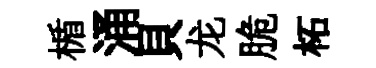
楯涌貝龙脆柘